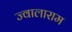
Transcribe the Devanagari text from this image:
ज्वालाराम